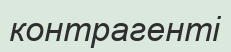
контрагенті